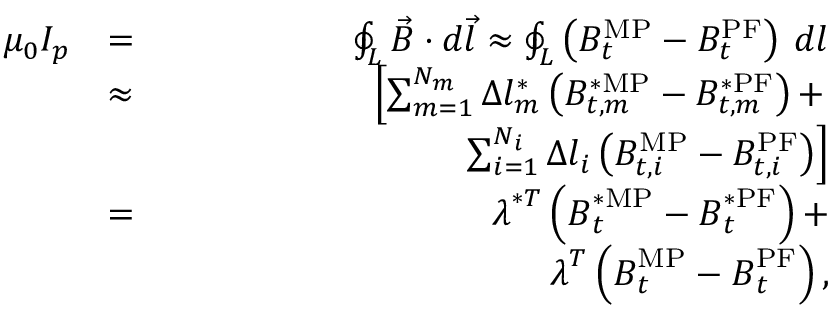
\begin{array} { r l r } { \mu _ { 0 } I _ { p } } & { = } & { \oint _ { L } \vec { B } \cdot d \vec { l } \approx \oint _ { L } \left( B _ { t } ^ { \mathrm { M P } } - B _ { t } ^ { \mathrm { P F } } \right) \: d l } \\ & { \approx } & { \left[ \sum _ { m = 1 } ^ { N _ { m } } \Delta l _ { m } ^ { * } \left( B _ { t , m } ^ { * \mathrm { M P } } - B _ { t , m } ^ { * \mathrm { P F } } \right) + \right. } \\ & { } & { \qquad \qquad \qquad \qquad \left. \sum _ { i = 1 } ^ { N _ { i } } \Delta l _ { i } \left( B _ { t , i } ^ { \mathrm { M P } } - B _ { t , i } ^ { \mathrm { P F } } \right) \right] } \\ & { = } & { \boldsymbol { \lambda } ^ { * T } \left( \boldsymbol { B } _ { t } ^ { * \mathrm { M P } } - \boldsymbol { B } _ { t } ^ { * \mathrm { P F } } \right) + } \\ & { } & { \qquad \qquad \qquad \qquad \boldsymbol { \lambda } ^ { T } \left( \boldsymbol { B } _ { t } ^ { \mathrm { M P } } - \boldsymbol { B } _ { t } ^ { \mathrm { P F } } \right) , } \end{array}